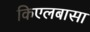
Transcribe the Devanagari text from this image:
किएलबासा